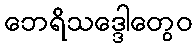
ဘေရိသဒ္ဒေါတွေဝ